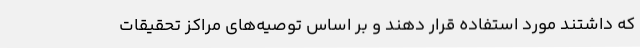
که داشتند مورد استفاده قرار دهند و بر اساس توصیه‌های مراکز تحقیقات